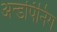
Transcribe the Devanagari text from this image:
अन्डर्पिनिंग